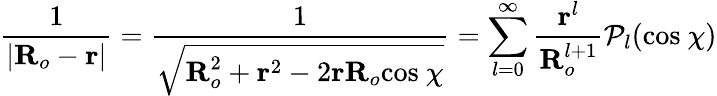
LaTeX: \frac{1}{|\textbf{R}_{o}-\textbf{r}|}=\frac{1}{\sqrt{\textbf{R}_{o}^{2}+\textbf{r}^{2}-2\textbf{rR}_{o}\textrm{cos}\ \chi}}=\sum_{l=0}^{\infty}\frac{\textbf{r}^{l}}{\textbf{R}_{o}^{l+1}}\mathcal{P}_{l}(\textrm{cos}\ \chi)